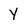
Character: y